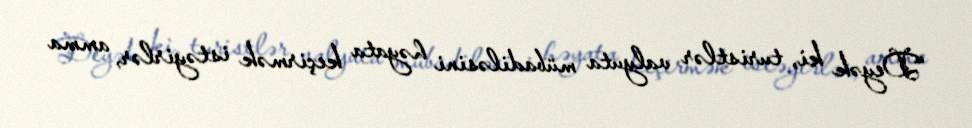
“Deyək ki, turistlər valyuta mübadiləsini həyata keçirmək istəyirlər, amma